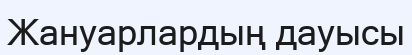
Жануарлардың дауысы